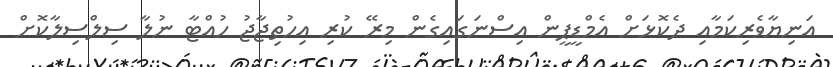
އަނިޔާވެރިކަމާއި ދެކޮޅަށް އެމްޑީޕީން އިސްނަގައިގެން މިރޭ ކުރި އިހުތިޖާޖު ހުއްޓާ ނުލާ ސިލްސިލާކޮށް